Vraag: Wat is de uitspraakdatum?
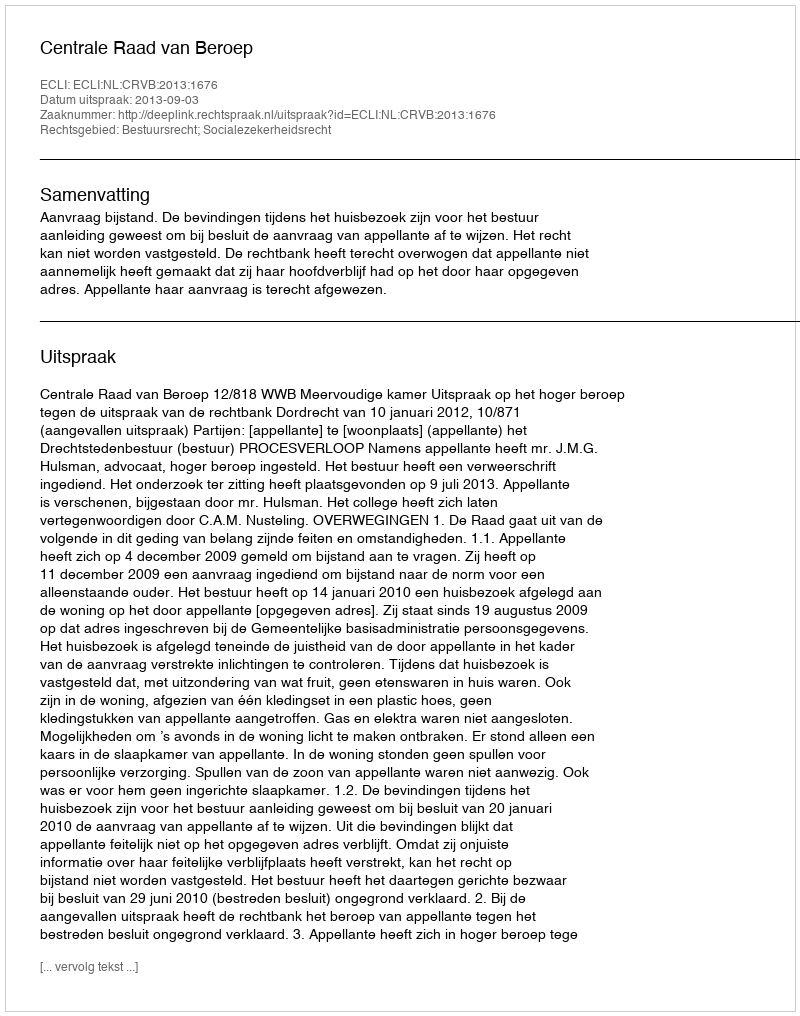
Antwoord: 2013-09-03